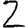
Digit: 2